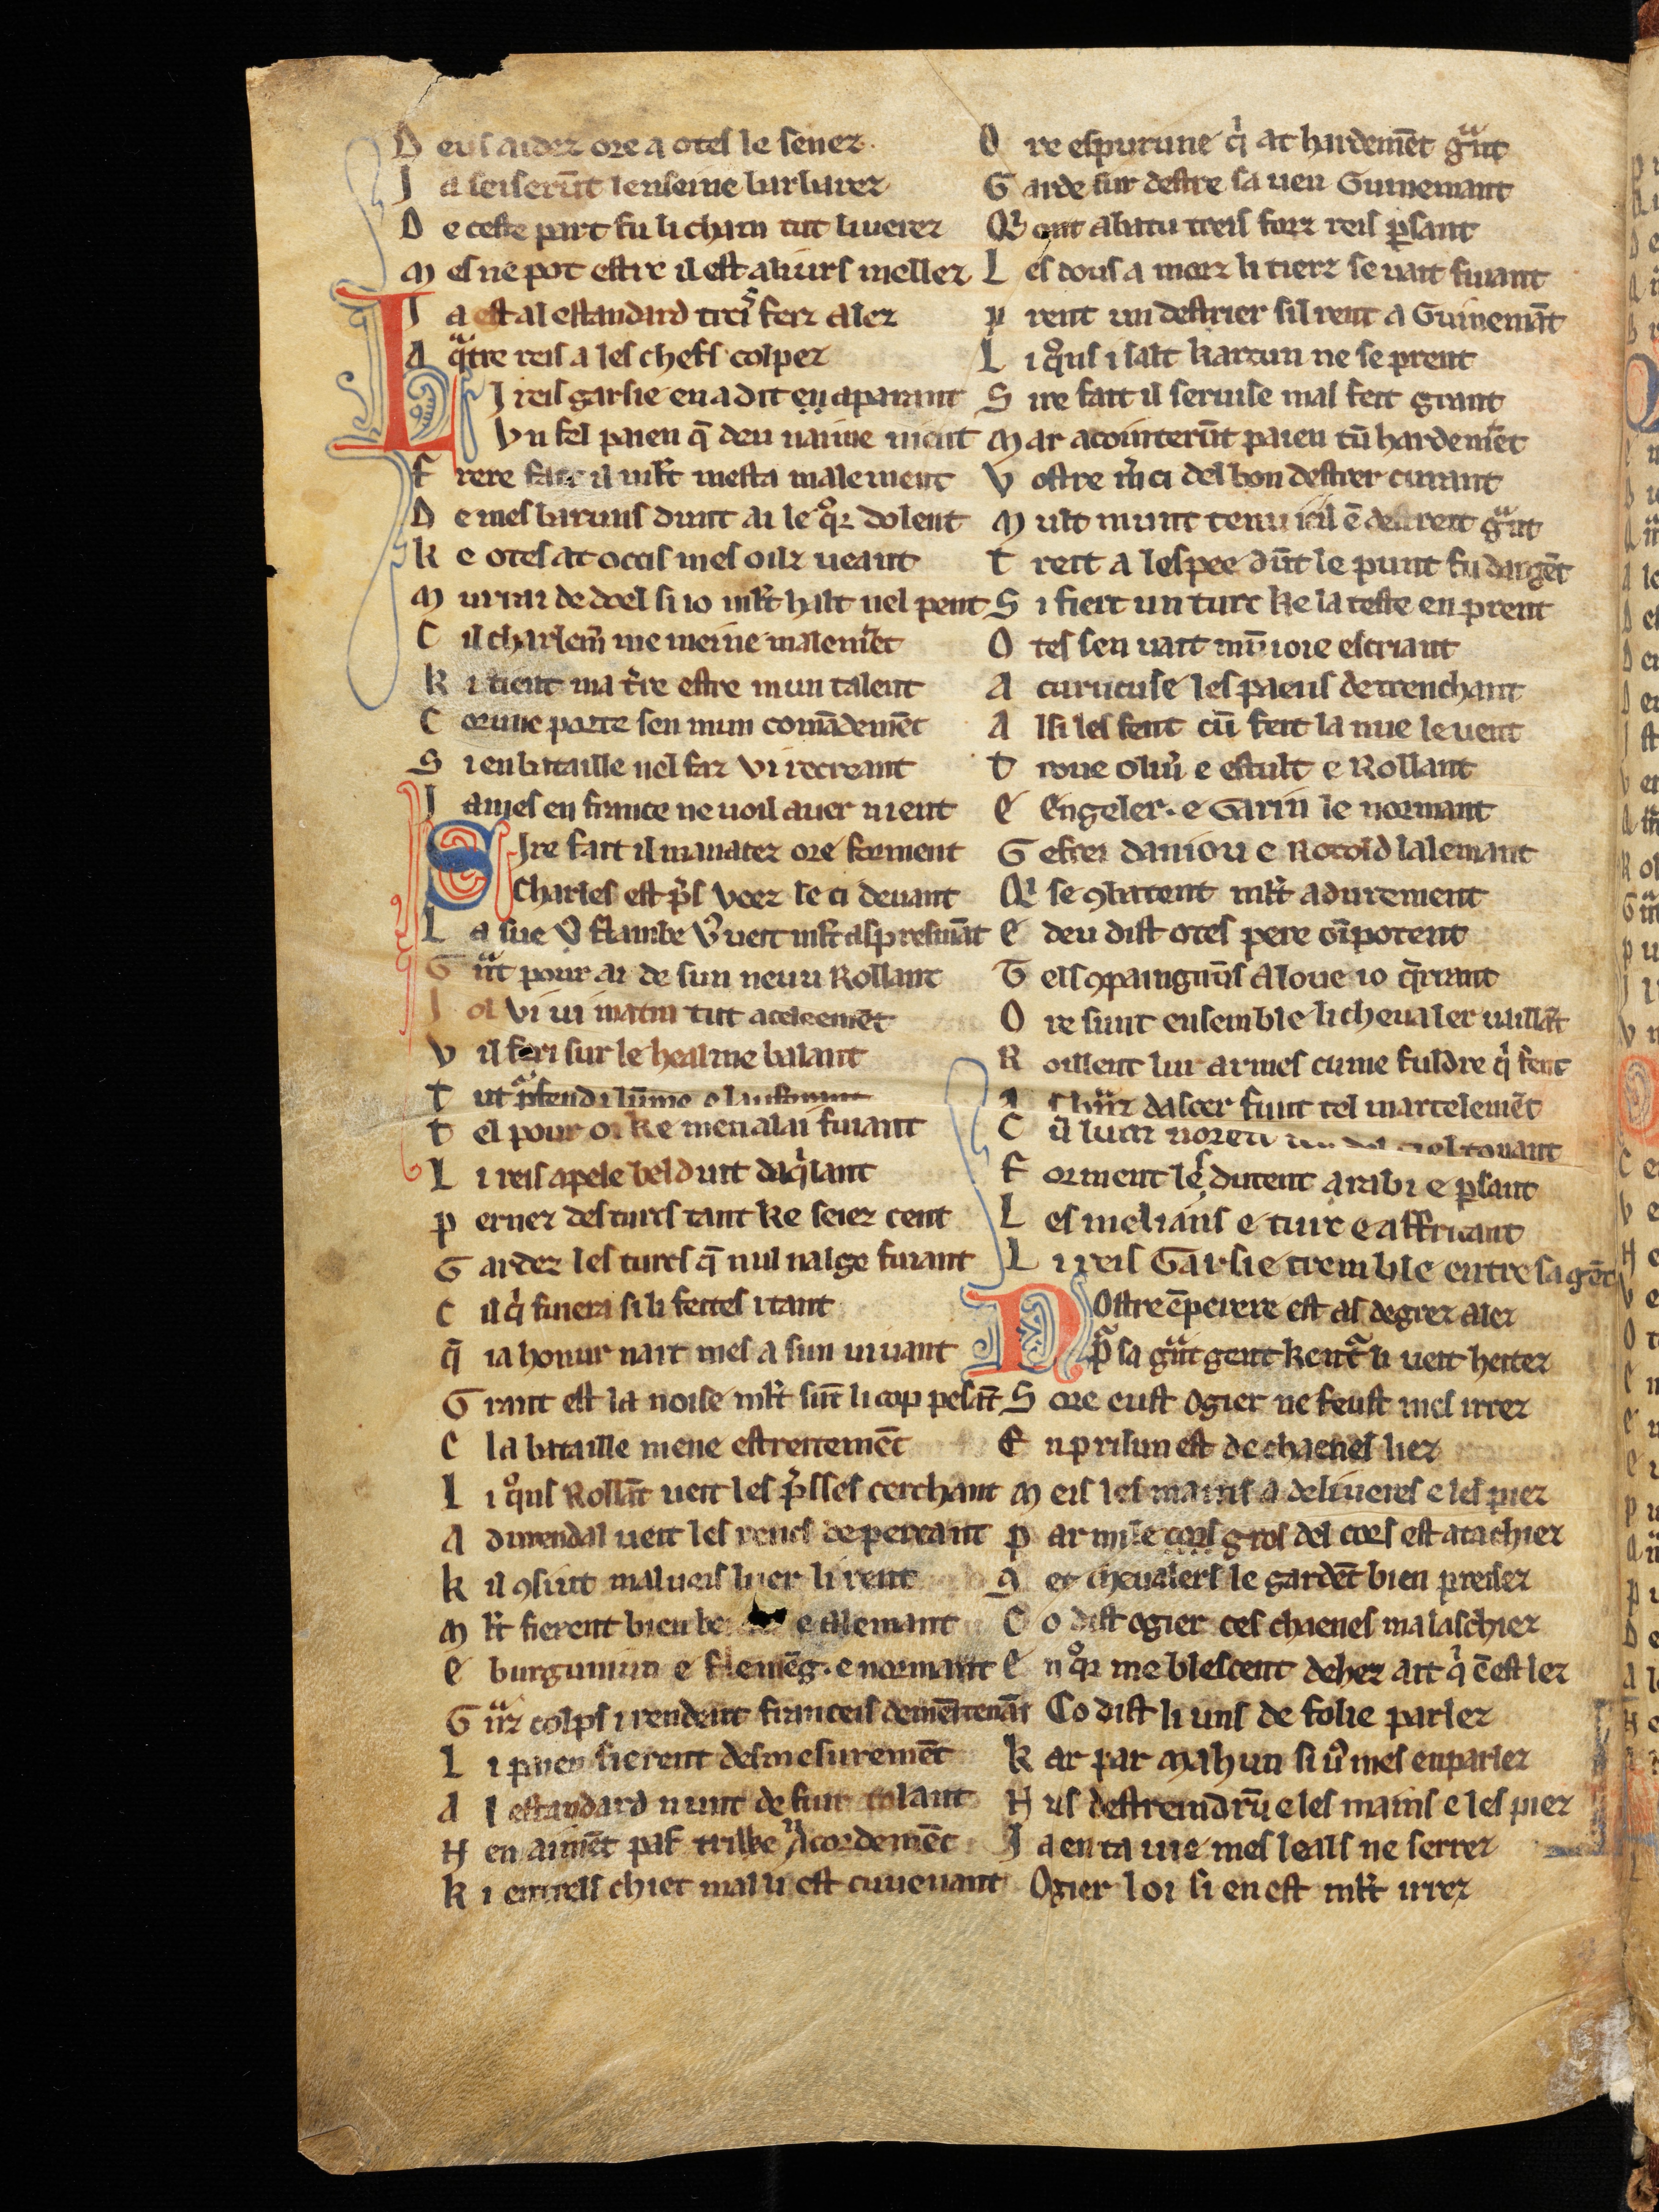
Shelfmark: Cologne, Bodmer, 168
Century: 13